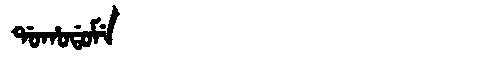
Manchu: ᡩᠣᡥᠣᡩᠣᠮᡝ
Romanization: DOHODOME